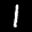
Label: 1